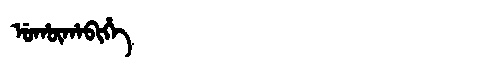
Manchu: ᡠᡥᡡᡥᠠᠪᡳᡥᡝ
Romanization: UHŪHABIHE